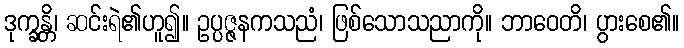
ဒုက္ခန္တိ၊ ဆင်းရဲ၏ဟူ၍။ ဥပ္ပဇ္ဇနကသညံ၊ ဖြစ်သောသညာကို။ ဘာဝေတိ၊ ပွားစေ၏။